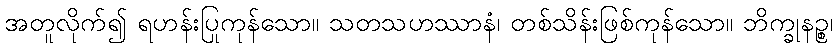
အတူလိုက်၍ ရဟန်းပြုကုန်သော။ သတသဟဿာနံ၊ တစ်သိန်းဖြစ်ကုန်သော။ ဘိက္ခုနဉ္စ၊